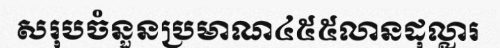
សរុបចំនួនប្រមាណ៤៥៥លានដុល្លារ